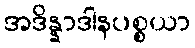
အဒိန္နာဒါနပစ္စယာ